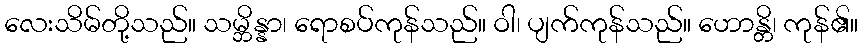
လေးသိမ်တို့သည်။ သမ္ဘိန္နာ၊ ရောစပ်ကုန်သည်။ ဝါ၊ ပျက်ကုန်သည်။ ဟောန္တိ၊ ကုန်၏။